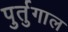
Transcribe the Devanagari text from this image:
पुर्तुगाल